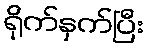
ရိုက်နှက်ပြီး